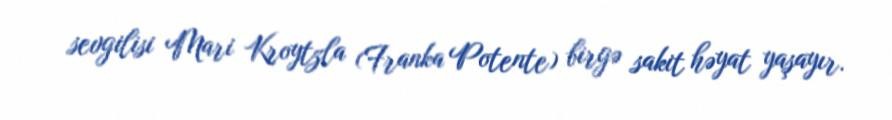
sevgilisi Mari Kroytzla (Franka Potente) birgə sakit həyat yaşayır.